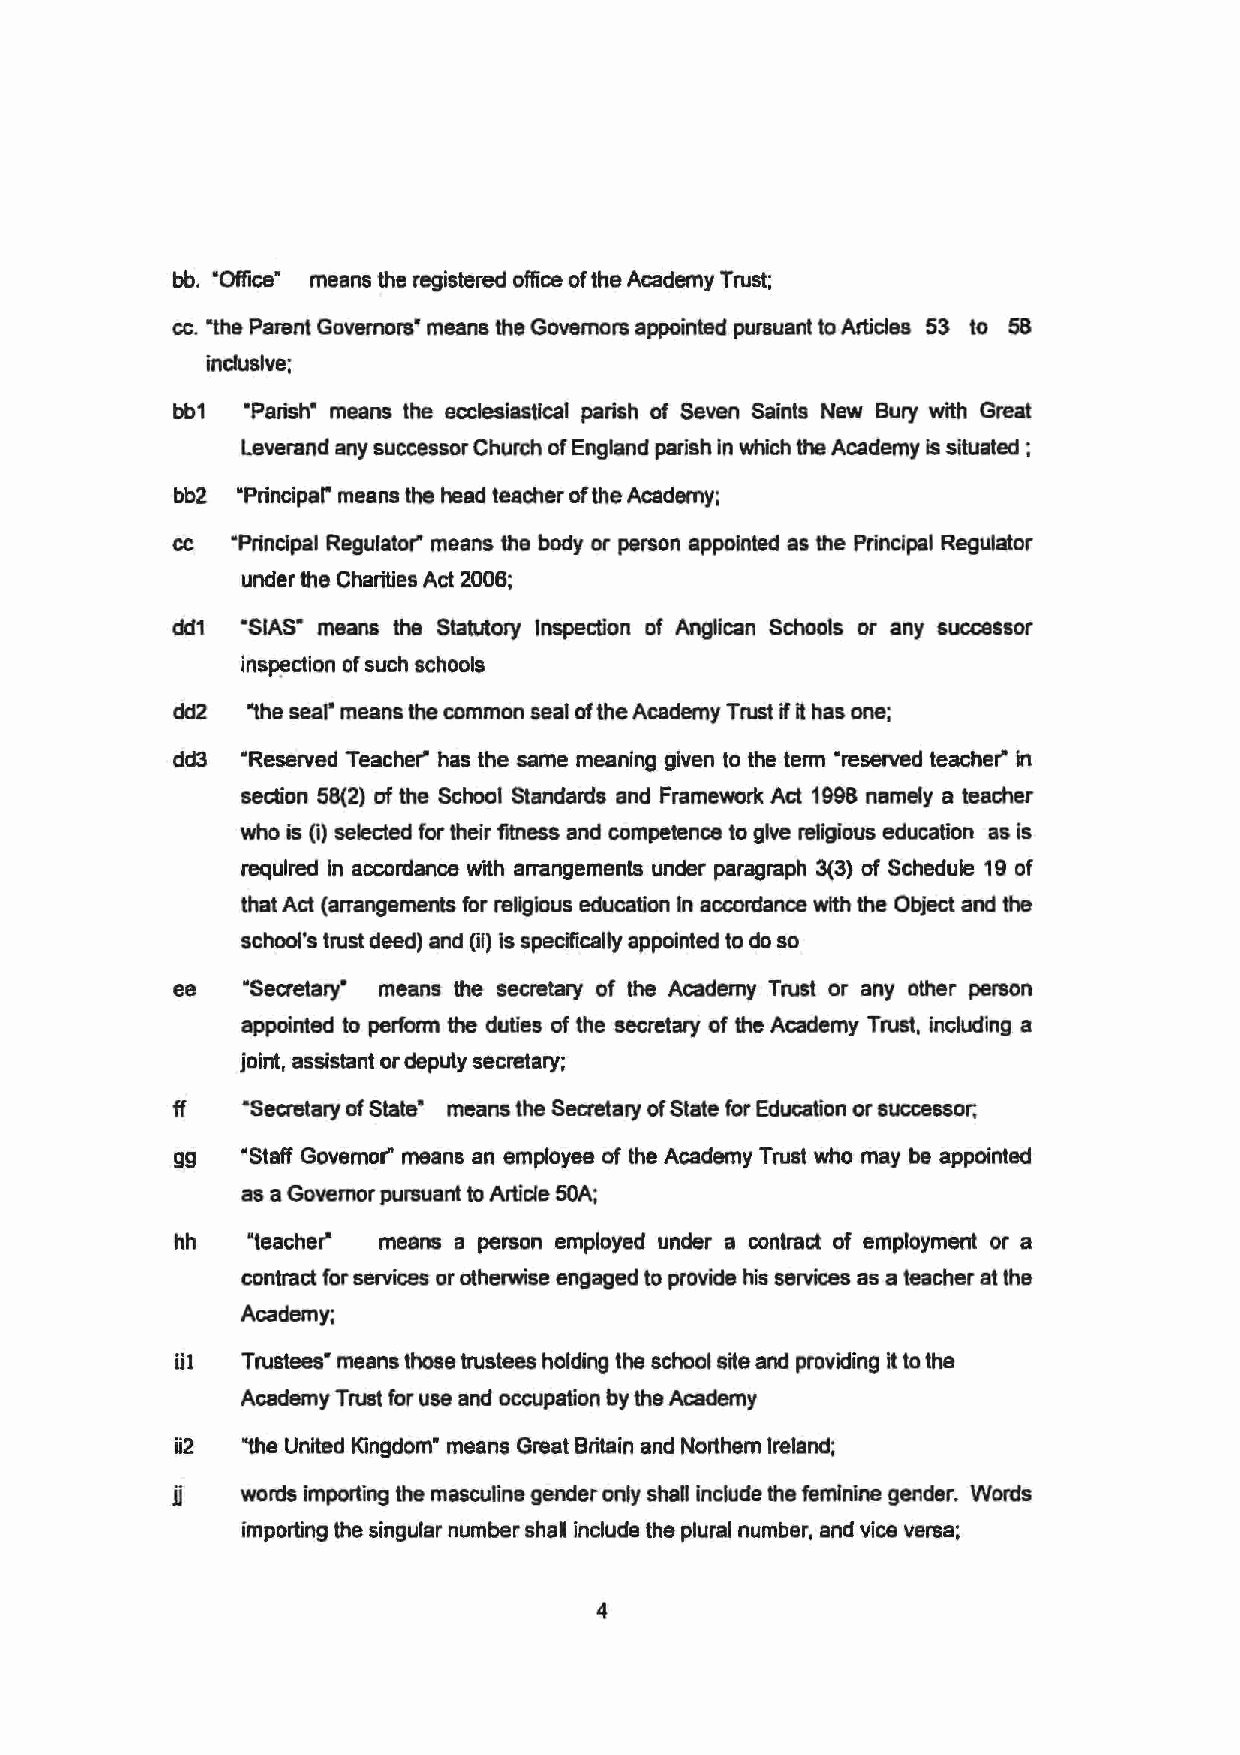
bb. •OfficeR means the registered office of the Academy Trust;
 cc. "the Parent Governors• means the Governors appointed pursuant to Articles 53 to 58
 induslve;
 bb1  "Parish" means the ecclesiastical parish of Seven Saints New Bury with Great
 Leverand any successor Church of England parish in which the Academy is situated ;
 bb2 •principal• means the head teacher of the Academy;
 cc  •Prtnclpal Regulator" means the body or person appointed as the Principal Regulator
 under the Charities Act 2006;
 dd1 "SIAS· means the Statutory Inspection of Anglican Schools or any successor
 ins~ction of such schools
 dd2  "the seat• means the common seat of the Academy Trust if it has one;
 dd3 ·Reserved Teacher" has the same meaning given to the term ·reserved teacher" in
 section 58(2) of the School Standards and Framework Act 1998 namely a teacher
 who is (i) selected for their fitness and competence to give religious education as is
 required in accordance with arrangements under paragraph 3(3) of Schedule 19 of
 that Act (arrangements for religious education In accordance with the Object and the
 school's trust deed) and (ii) is specifically appointed to do so
 ee  "Secretary• means the secretary of the Academy Trust or any other person
 appointed to perform the duties of the secretary of the Academy Trust, including a
 joint, assistant or deputy secretary;
 ff  "Secretary of State• means the Secretary of State for Education or successor;
 gg  "Staff Governor" means an employee of the Academy Trust who may be appointed
 as a Governor pursuant to Article 50A;
 hh           means a person employed under a contract of employment or a
 contract for services or otherwise engaged to provide his services as a teacher at the
 Academy;
 ii1 Trustees• means those trustees holding the school site and providing it to the
 Academy Trust for use and occupation by the Academy
 ii2 "the United Kingdom· means Great Britain and Northern Ireland;
 ll  words importing the masculine gender only shaD include the feminine gender. Words
 importing the singular number shall include the plural number, and vice versa;
 4